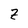
Character: Z